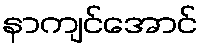
နာကျင်အောင်